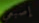
إصبعي